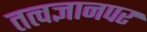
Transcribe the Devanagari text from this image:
तत्वज्ञानपर